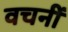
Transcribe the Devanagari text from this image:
वचनीं